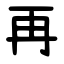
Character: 再